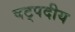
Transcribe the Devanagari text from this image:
षट्पदीय